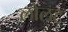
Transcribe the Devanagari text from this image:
लोलट